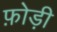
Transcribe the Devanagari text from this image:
फ़ोड़ी